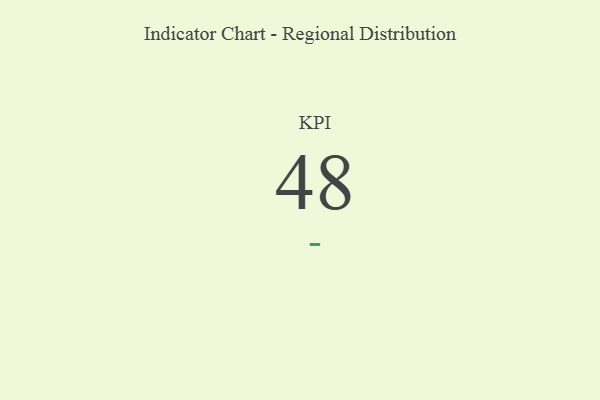
{"axis": {"x": "KPI", "y": "Value"}, "legend": [""], "data": [{"x": "KPI", "y": 48, "type": ""}]}